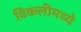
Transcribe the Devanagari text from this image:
विकलीमध्ये